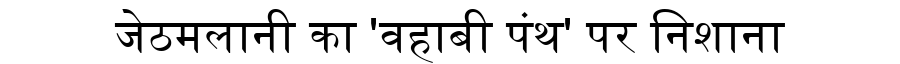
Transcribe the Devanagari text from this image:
जेठमलानी का 'वहाबी पंथ' पर निशाना